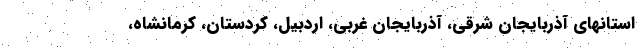
استانهای آذربایجان شرقی، آذربایجان غربی، اردبیل، کردستان، کرمانشاه،